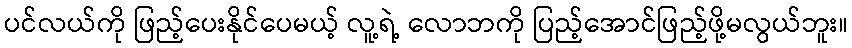
ပင်လယ်ကို ဖြည့်ပေးနိုင်ပေမယ့် လူ့ရဲ့ လောဘကို ပြည့်အောင်ဖြည့်ဖို့မလွယ်ဘူး။